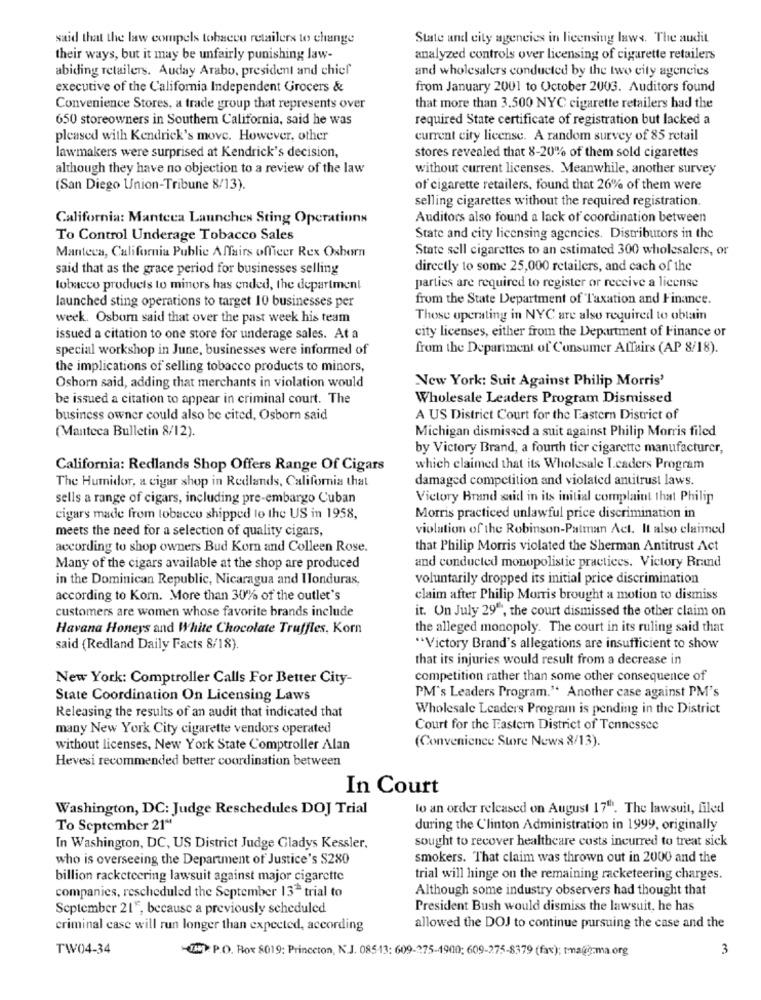
said that the law compels tobacco retailers to change
State and city agencies in licensing laws. The audit
their ways, but it may be unfairly punishing law-
analyzed controls over licensing of cigarette retailers
abiding retailers. Auday Arabo, president and chief
and wholesalers conducted by the two city agencies
executive of the California Independent Grocers &
from January 2001 to October 2003. Auditors found
Convenience Stores, a trade group that represents over
that more than 3.500 NYC cigarette retailers had the
650 storeowners in Southern California, said he was
required State certificate of registration but lacked a
pleased with Kendrick's move. However, other
current city license. A random survey of 85 retail
lawmakers were surprised at Kendrick's decision,
stores revealed that 8-20% of them sold cigarettes
although they have no objection to a review of the law
without current licenses. Meanwhile, another survey
(San Diego Union-Tribune 8/13).
of cigarette retailers, found that 26% of them were
selling cigarettes without the required registration.
California: Manteca Launches Sting Operations
Auditors also found a lack of coordination between
To Control Underage Tobacco Sales
State and city licensing agencies. Distributors in the
Manteca, California Public Affairs officer Rex Oxhorn
State sell cigarettes to an estimated 300 wholesalers, or
said that as the grace period for businesses selling
directly to some 25,000 retailers, and cach of the
tobacco products to minors has ended, the department
parties are required to register or receive a license
launched sting operations to target 10 businesses per
from the State Department of Taxation and Finance.
week. Osbom said that over the past week his team
Those operating in NYC are also required to obtain
city licenses, either from the Department of Finance or
issued a citation to one store for underage sales. At a
special workshop in June, businesses were informed of
from the Department of Consumer Affairs (AP 8/18).
the implications of selling tobacco products to minors,
New York: Suit Against Philip Morris'
Oshorn said, adding that merchants in violation would
be issued a citation to appear in criminal court. The
Wholesale Leaders Program Dismissed
business owner could also be cited, Osborn said
A US District Court for the Eastern District of
(Manteca Bulletin 8/12).
Michigan dismissed a suit against Philip Morris filed
by Victory Brand, a fourth tier cigarette manufacturer,
California: Redlands Shop Offers Range Of Cigars
which claimed that its Wholesale Leaders Program
The Humidor, a cigar shop in Redlands, California that
damaged competition and violated antitrust laws.
sells a range of cigars, including pre-embargo Cuban
Victory Brand said in its initial complaint that Philip
cigars made from tobacco shipped to the US in 1958,
Morris practiced unlawful price discrimination in
meets the need for a selection of quality cigars,
violation of the Robinson-Patman Act. It also claimed
according to shop owners Bud Korn and Colleen Rose.
that Philip Morris violated the Sherman Antitrust Act
Many of the cigars available at the shop are produced
and conducted monopolistic practices. Victory Brand
in the Dominican Republic, Nicaragua and Honduras,
voluntarily dropped its initial price discrimination
according to Korn. More than 30% of the outlet's
claim after Philip Morris brought a motion to dismiss
customers are women whose favorite brands include
it. On July 29", the court dismissed the other claim on
Havana Honeys and White Chocolate Truffles, Korn
the alleged monopoly. The court in its ruling said that
said (Redland Daily Facts 8/18).
"Victory Brand's allegations are insufficient to show
that its injuries would result from a decrease in
New York: Comptroller Calls For Better City-
competition rather than some other consequence of
State Coordination On Licensing Laws
PM's Leaders Program." Another case against PM's
Wholesale Leaders Program is pending in the District
Releasing the results of an audit that indicated that
many New York City cigarette vendors operated
Court for the Eastern District of Tennessee
(Convenience Store News 8/13).
without licenses, New York State Comptroller Alan
Hevesi recommended better coordination between
In Court
Washington, DC: Judge Reschedules DOJ Trial
lo an order released on August 17"". The lawsuit, filed
To September 21"
during the Clinton Administration in 1999, originally
sought to recover healthcare costs incurred to treat sick
In Washington, DC, US District Judge Gladys Kessler.
who is overseeing the Department of Justice's S280
smokers. That claim was thrown out in 2000 and the
billion racketeering lawsuit against major cigarette
trial will hinge on the remaining racketeering charges.
companies, rescheduled the September 13" trial to
Although some industry observers had thought that
September 215, because a previously scheduled
President Bush would dismiss the lawsuit, he has
criminal case will run longer than expected, according
allowed the DOJ to continue pursuing the case and the
TW04-34
7 : P.O. Box 8019: Princeton, N.J. 08513: 609-275-1900; 609-275-8379 (fax); tmauğ-ma.org
3